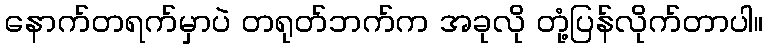
နောက်တရက်မှာပဲ တရုတ်ဘက်က အခုလို တုံ့ပြန်လိုက်တာပါ။